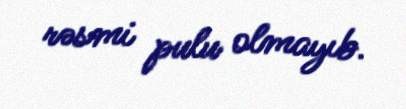
rəsmi pulu olmayıb.